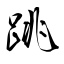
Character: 跳